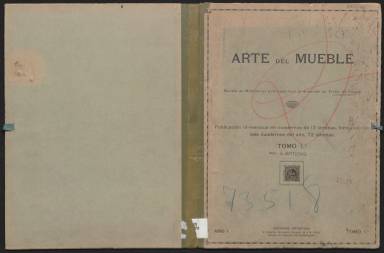
Título: Arte del mueble
Colección: Arte
Ámbito geográfico: Barcelona
Lugar de publicación: Barcelona
Fechas: 01/01/1927-31/12/1931